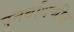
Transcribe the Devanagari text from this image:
पुनर्बांधणीत